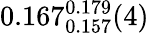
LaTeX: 0.167_{0.157}^{0.179}(4)